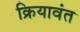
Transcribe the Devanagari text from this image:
क्रियावंत